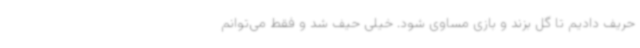
حریف دادیم تا گل بزند و بازی مساوی شود. خیلی حیف شد و فقط می‌توانم